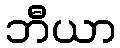
ဘီယာ